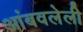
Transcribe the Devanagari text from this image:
आंबवलेली